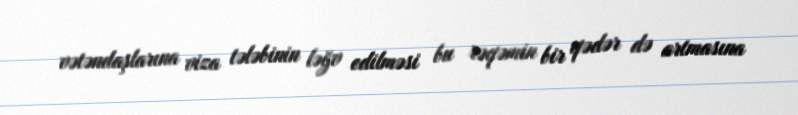
vətəndaşlarına viza tələbinin ləğv edilməsi bu rəqəmin bir qədər də artmasına